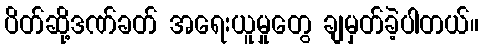
ပိတ်ဆို့ဒဏ်ခတ် အရေးယူမှုတွေ ချမှတ်ခဲ့ပါတယ်။